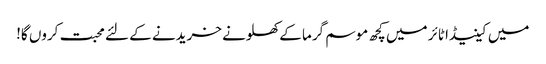
میں کینیڈا ٹائر میں کچھ موسم گرما کے کھلونے خریدنے کے لئے محبت کروں گا!